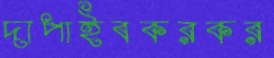
দাপাইবকরকর